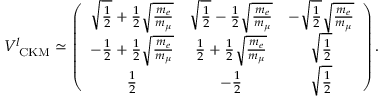
V _ { \mathrm { \tiny ~ C K M } } ^ { l } \simeq \left( \begin{array} { c c c } { { \sqrt { \frac { 1 } { 2 } } + \frac { 1 } { 2 } \sqrt { \frac { m _ { e } } { m _ { \mu } } } } } & { { \sqrt { \frac { 1 } { 2 } } - \frac { 1 } { 2 } \sqrt { \frac { m _ { e } } { m _ { \mu } } } } } & { { - \sqrt { \frac { 1 } { 2 } } \sqrt { \frac { m _ { e } } { m _ { \mu } } } } } \\ { { - \frac { 1 } { 2 } + \frac { 1 } { 2 } \sqrt { \frac { m _ { e } } { m _ { \mu } } } } } & { { \frac { 1 } { 2 } + \frac { 1 } { 2 } \sqrt { \frac { m _ { e } } { m _ { \mu } } } } } & { { \sqrt { \frac { 1 } { 2 } } } } \\ { { \frac { 1 } { 2 } } } & { { - \frac { 1 } { 2 } } } & { { \sqrt { \frac { 1 } { 2 } } } } \end{array} \right) .